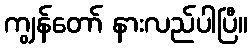
ကျွန်တော် နားလည်ပါပြီ။